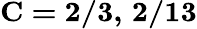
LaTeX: \mathbf{C=2/3,\, 2/13}